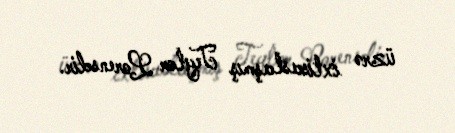
üzrə ixtisaslaşmış Teylor Lorensdir.